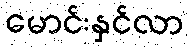
မောင်းနှင်လာ